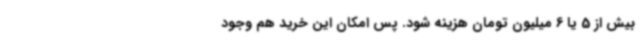
بیش از 5 یا 6‌ میلیون تومان هزینه شود. پس امکان این خرید هم وجود